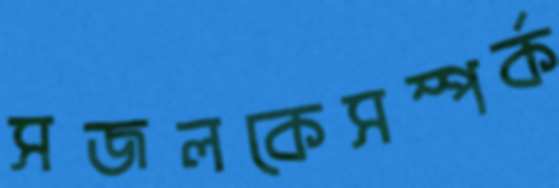
সজলকেসম্পর্ক